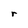
Character: r